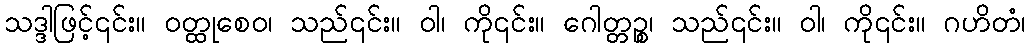
သဒ္ဒါဖြင့်၎င်း။ ဝတ္ထုစေဝ၊ သည်၎င်း။ ဝါ၊ ကို၎င်း။ ဂေါတ္တဉ္စ၊ သည်၎င်း။ ဝါ၊ ကို၎င်း။ ဂဟိတံ၊